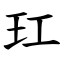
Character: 玒